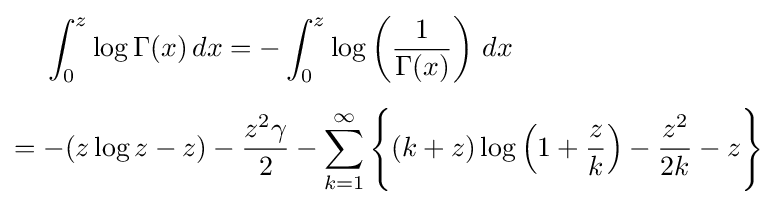
{\begin{aligned}&\int _{0}^{z}\log \Gamma (x)\,dx=-\int _{0}^{z}\log \left({\frac {1}{\Gamma (x)}}\right)\,dx\\[5pt]={}&{-(z\log z-z)}-{\frac {z^{2}\gamma }{2}}-\sum _{k=1}^{\infty }{\Bigg \{}(k+z)\log \left(1+{\frac {z}{k}}\right)-{\frac {z^{2}}{2k}}-z{\Bigg \}}\end{aligned}}